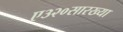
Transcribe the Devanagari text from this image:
ए३२०सारख्या